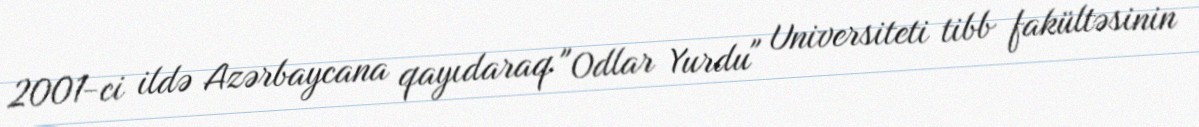
2001-ci ildə Azərbaycana qayıdaraq "Odlar Yurdu" Universiteti tibb fakültəsinin